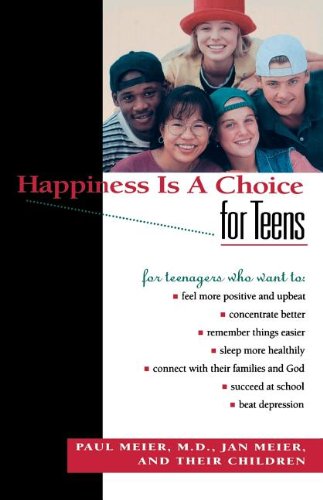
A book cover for Happiness Is A Choice For Teens; Paul Meier; Teen & Young Adult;